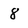
Character: 8